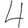
Digit: 4